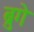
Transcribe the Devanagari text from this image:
ब्रुगे